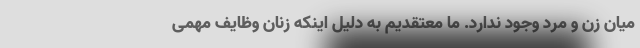
میان زن و مرد وجود ندارد. ما معتقدیم به دلیل اینکه زنان وظایف مهمی